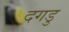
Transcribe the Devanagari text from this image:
दगडु